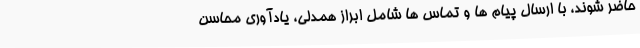
حاضر شوند، با ارسال پیام ها و تماس ها شامل ابراز همدلی، یادآوری محاسن